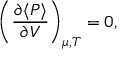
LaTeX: \left( { \frac { \partial \langle P \rangle } { \partial V } } \right) _ { \mu , T } = 0 ,